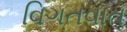
વિગતવાત